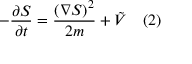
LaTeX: - { \frac { \partial S } { \partial t } } = { \frac { \left( \nabla S \right) ^ { 2 } } { 2 m } } + { \tilde { V } } \quad ( 2 )